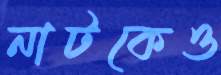
নাটকেও